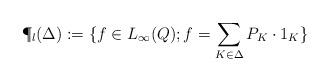
LaTeX: \begin{align*} \P_l(\Delta):=\{f\in L_\infty(Q); f=\sum\limits_{K\in\Delta} P_K\cdot 1_K\}\end{align*}